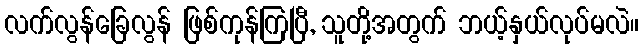
လက်လွန်ခြေလွန် ဖြစ်ကုန်ကြပြီ, သူတို့အတွက် ဘယ့်နှယ်လုပ်မလဲ။